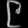
Digit: ၉